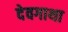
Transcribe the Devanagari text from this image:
देवगाथा